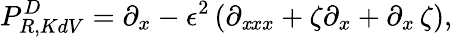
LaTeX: P_{R,KdV}^{D}=\partial_{x}-\epsilon^{2}\left(\partial_{{{\mathit xxx}}}+\zeta\partial_{x}+\partial_{x}\, \zeta\right),